Civil Veterinary Department Bengal reports 1923-33 - 1923-1933
Year: 1923
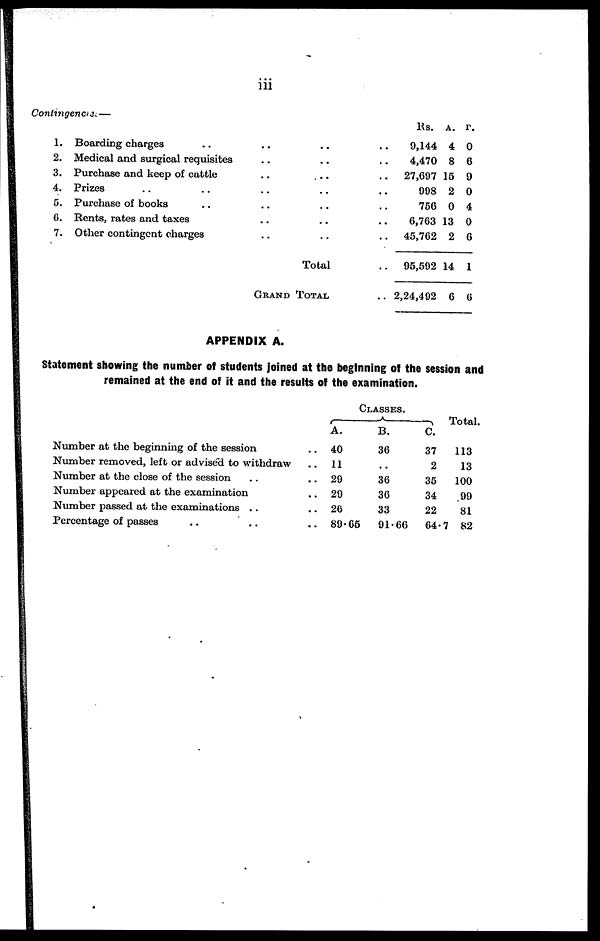
iii
Contingencies—
1.
2.
3.
4.
5.
6.
7.
Boarding charges ..
Medical and surgical requisites
Purchase and keep of cattle
Prizes .. ..
Purchase of books ..
Rents, rates and taxes
Other contingent charges
..
..
..
..
..
..
..
..
..
..
..
..
..
..
Total
GRAND TOTAL
..
..
..
..
..
..
..
..
Rs.
9,144
4,470
27,697
998
756
6,763
45,762
95,592
2,24,492
A.
4
8
15
2
0
13
2
14
6
P.
0
6
9
0
4
0
6
1
6
APPENDIX A.
Statement showing the number of students joined at the beginning of the session and
remained at the end of it and the results of the examination.
Number at the beginning of the session
Number removed, left or advised to withdraw
Number at the close of the session ..
Number appeared at the examination
Number passed at the examinations . .
Percentage of passes .. ..
..
..
..
..
..
..
CLASSES.
A.
40
11
29
29
26
89.65
B.
36
..
36
36
33
91.66
C.
37
2
35
34
22
64.7
Total.
113
13
100
99
81
82